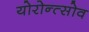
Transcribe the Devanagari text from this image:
योरोन्त्सोव